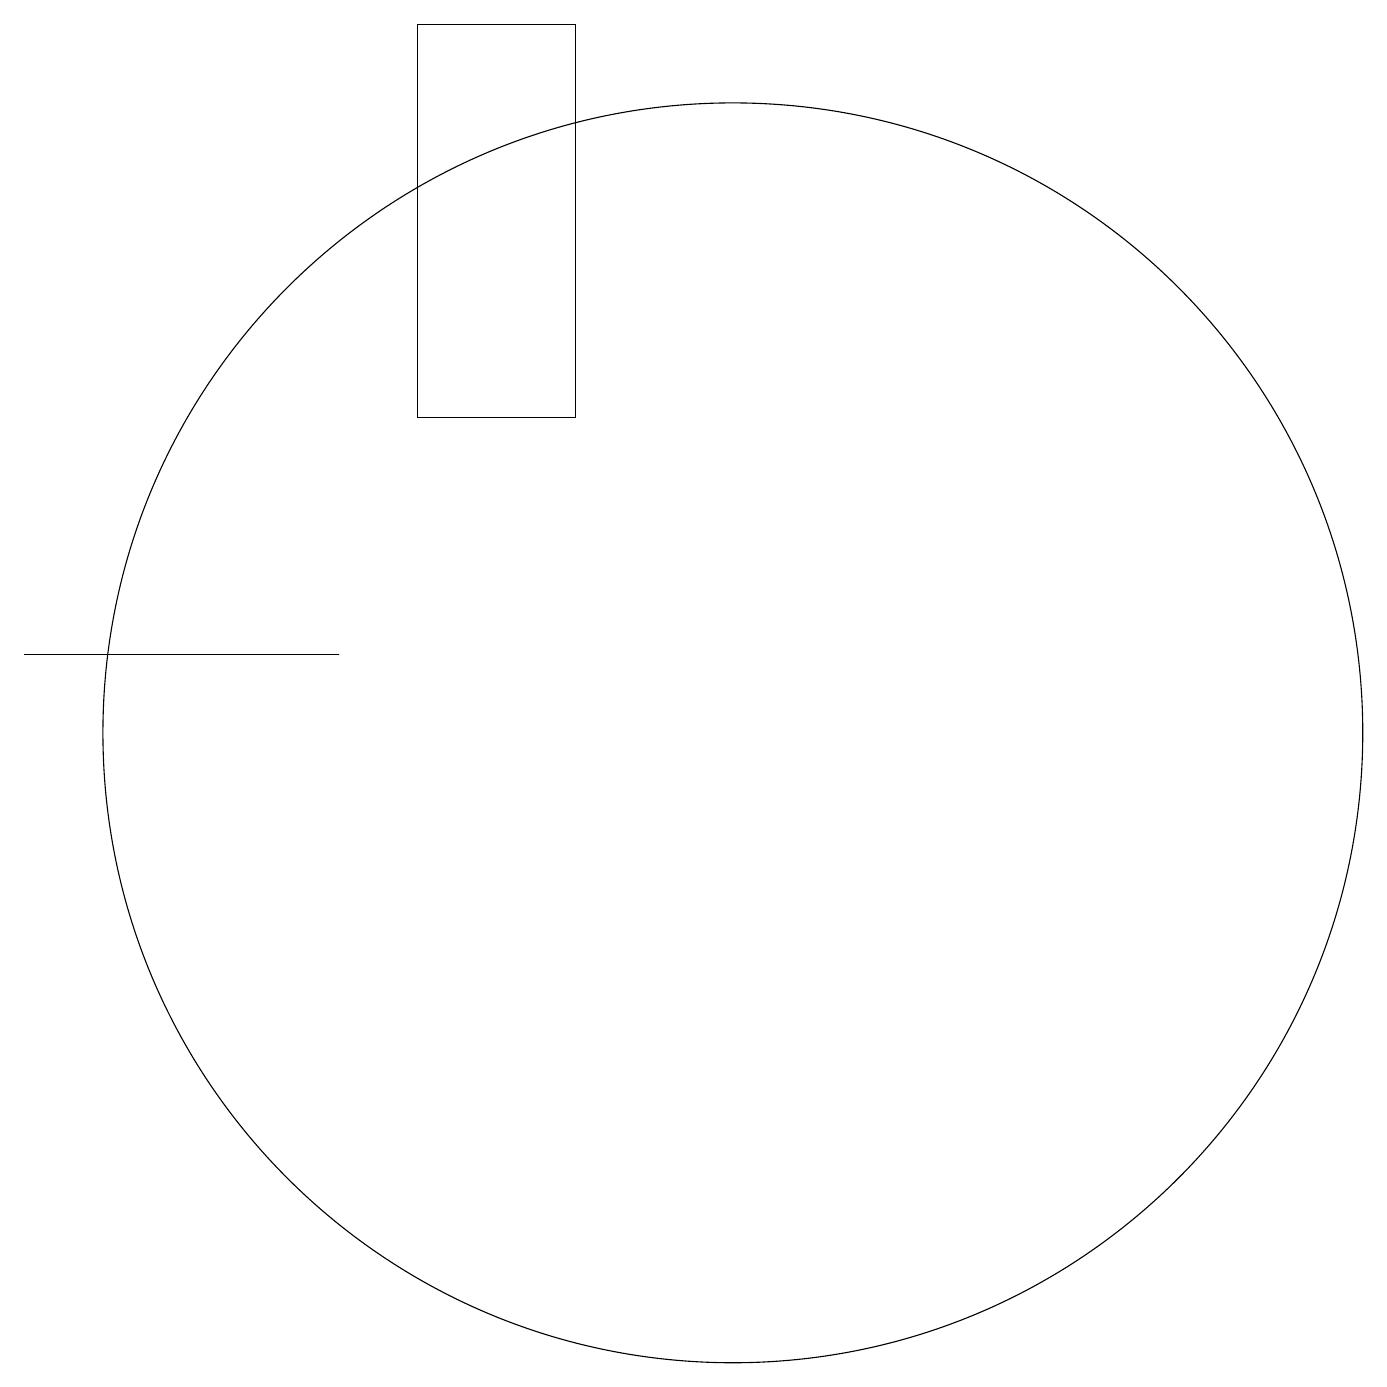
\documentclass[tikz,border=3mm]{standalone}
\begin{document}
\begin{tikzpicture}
\draw (7,14) rectangle (9,19);
\draw (11,10) circle (8);
\draw (6,11) rectangle (2,11);
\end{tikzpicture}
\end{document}